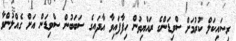
ރިސައިކަލް ކުރުމަށް ސްވިޑަންގެ ރައްޔިތުން ހިފާފައިވާ އާދައިގެ ސަބަބުން ސްވިޑަން އަށް ގެއްލުންވާ